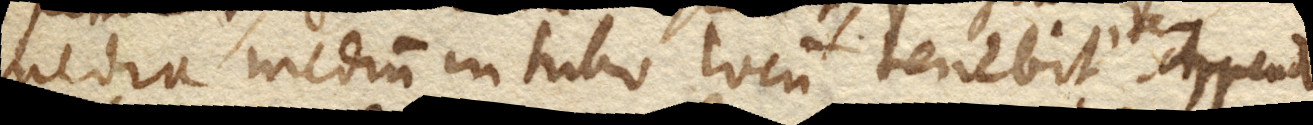
media medium in tubo locum tenebit, item appende